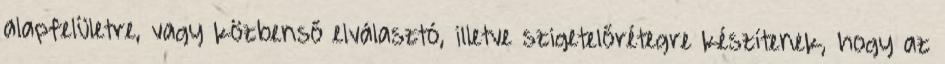
alapfelületre, vagy közbenső elválasztó, illetve szigetelőrétegre készítenek, hogy az